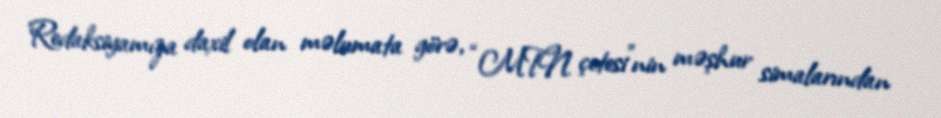
Redaksiyamıza daxil olan məlumata görə, “MTN çetesi”nin məşhur simalarından